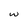
Character: w